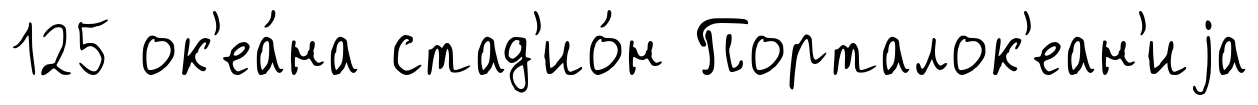
125 ок'еа́на стад'ио́н Порталок'еан'иjа